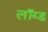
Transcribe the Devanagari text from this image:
लॉय्ड